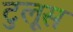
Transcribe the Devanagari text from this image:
टुलूस